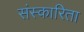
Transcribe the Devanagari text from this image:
संस्कारिता